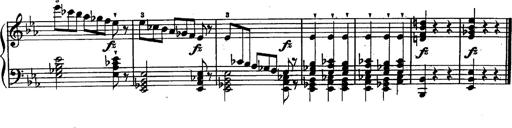
Title: Schubert's Impromptus [revised and edited by Franz Liszt]
Composer: Franz Liszt